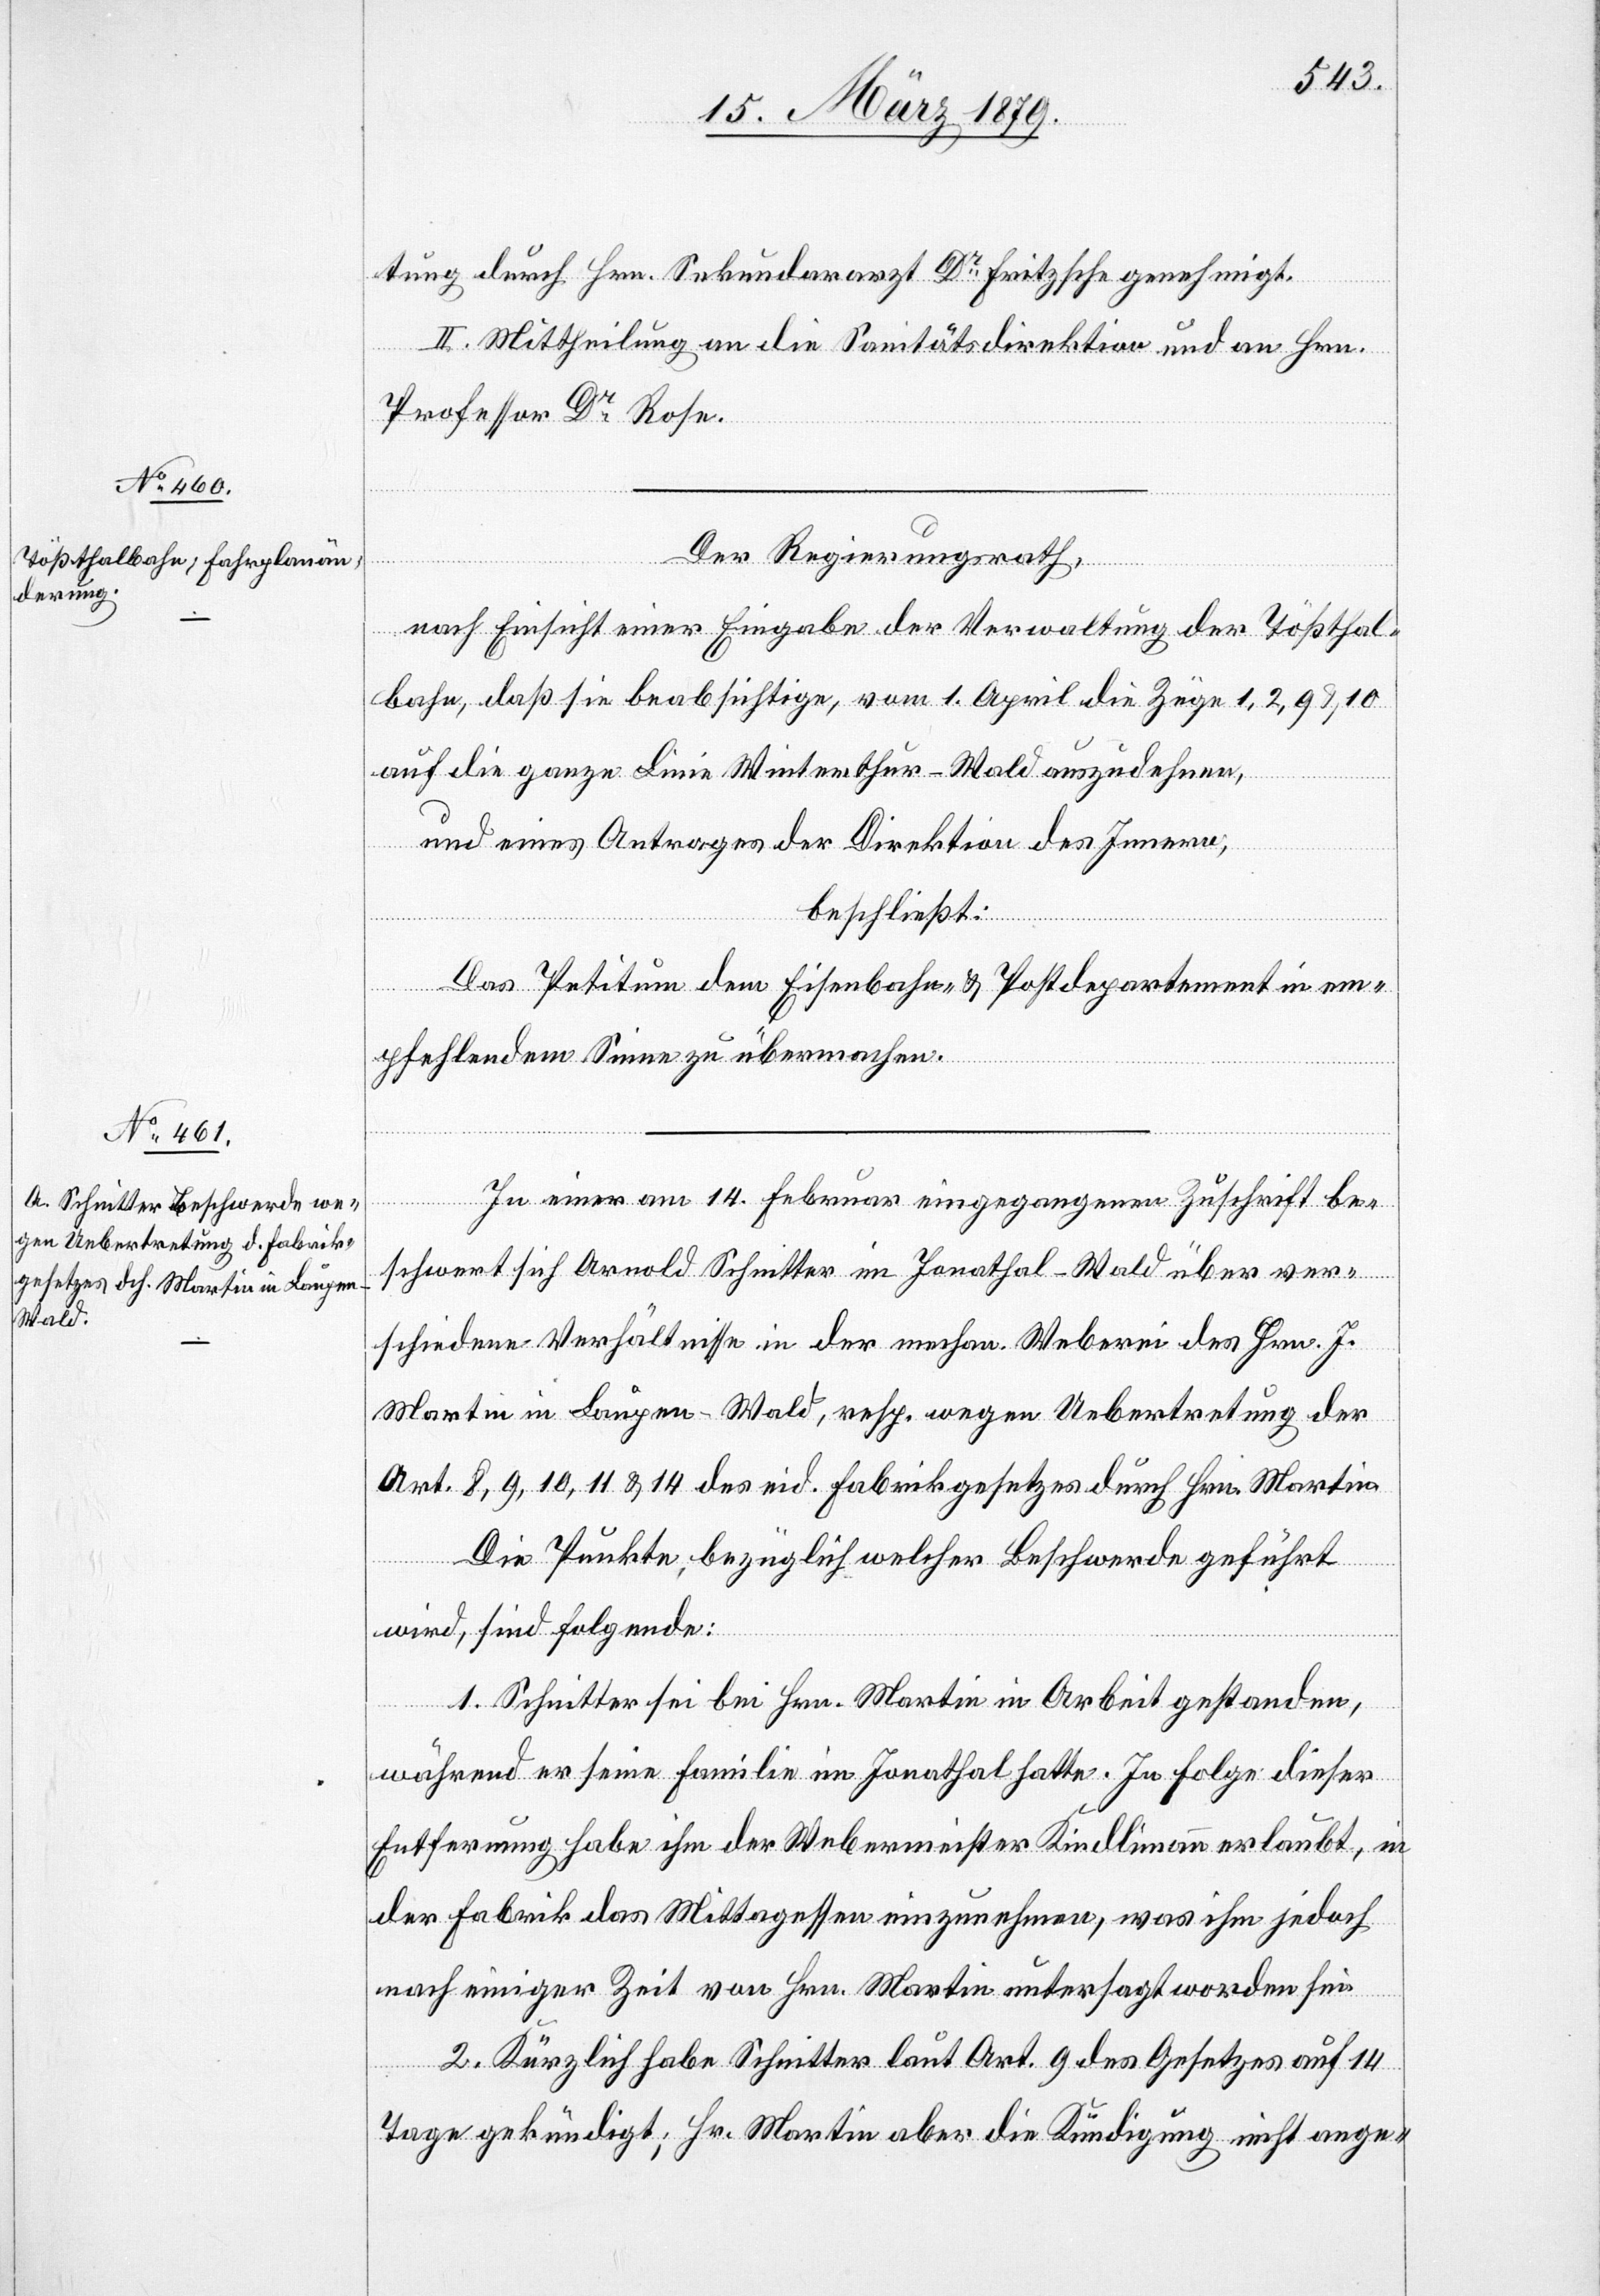
tung durch Hrn. Sekundararzt Dr Fritzsche genehmigt.
2. Mittheilung an die Sanitätsdirektion und an Hrn.
Professor Dr Rose.
Der Regierungsrath,
nach Einsicht einer Eingabe der Verwaltung der Tößthal¬
bahn, daß sie beabsichtige, vom 1. April die Züge 1, 2, 9 & 10
auf die ganze Linie Winterthur–Wald auszudehnen,
und eines Antrages der Direktion des Innern,
beschließt:
Das Petitum dem Eisenbahn- & Postdepartement in em¬
pfehlendem Sinne zu übermachen.
In einer am 14. Februar eingegangenen Zuschrift be¬
schwert sich Arnold Schnitter im Jonathal - Wald über ver¬
schiedene Verhältnisse in der mechan. Weberei des Hrn. J.
Martin in Laupen - Wald, resp. wegen Uebertretung der
Art. 8, 9, 10, 11 & 14 des eid. Fabrikgesetzes durch Hrn. Martin.
Die Punkte, bezüglich welcher Beschwerde geführt
wird, sind folgende:
1. Schnitter sei bei Hrn. Martin in Arbeit gestanden,
während er seine Familie im Jonathal hatte. In Folge dieser
Entfernung habe ihm der Webermeister Kindlimann erlaubt, in
der Fabrik das Mittagessen einzunehmen, was ihm jedoch
nach einiger Zeit von Hrn. Martin untersagt worden sei[.]
2. Kürzlich habe Schnitter laut Art. 9 des Gesetzes auf 14
Tage gekündigt; Hr. Martin aber die Kündigung nicht ange-